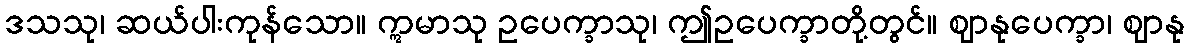
ဒသသု၊ ဆယ်ပါးကုန်သော။ ဣမာသု ဥပေက္ခာသု၊ ဤဥပေက္ခာတို့တွင်။ ဈာနုပေက္ခာ၊ ဈာနု